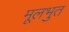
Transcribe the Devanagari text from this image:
मूलभुत